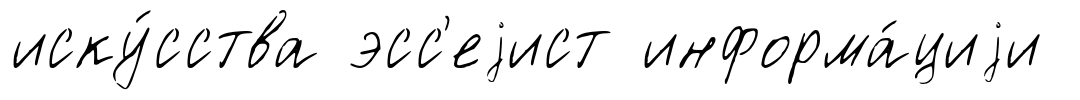
иску́сства эсс'еjист информа́циjи